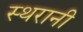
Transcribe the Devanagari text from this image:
स्थरानी